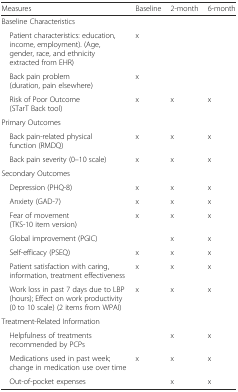
| Measures | Baseline | 2-month | 6-month |
 | --- | --- | --- | --- |
 | <COLSPAN=4> Baseline Characteristics |
 | Patient characteristics: education, income, employment). (Age, gender, race, and ethnicity extracted from EHR) | x |  |  |
 | Back pain problem (duration, pain elsewhere) | x |  |  |
 | Risk of Poor Outcome (STarT Back tool) | x | x | x |
 | <COLSPAN=4> Primary Outcomes |
 | Back pain-related physical function (RMDQ) | x | x | x |
 | Back pain severity (0–10 scale) | x | x | x |
 | <COLSPAN=4> Secondary Outcomes |
 | Depression (PHQ-8) | x | x | x |
 | Anxiety (GAD-7) | x | x | x |
 | Fear of movement (TKS-10 item version) | x | x | x |
 | Global improvement (PGIC) |  | x | x |
 | Self-efficacy (PSEQ) | x | x | x |
 | Patient satisfaction with caring, information, treatment effectiveness | x | x | x |
 | Work loss in past 7 days due to LBP (hours); Effect on work productivity (0 to 10 scale) (2 items from WPAI) | x | x | x |
 | <COLSPAN=4> Treatment-Related Information |
 | Helpfulness of treatments recommended by PCPs |  | x | x |
 | Medications used in past week; change in medication use over time | x | x | x |
 | Out-of-pocket expenses |  | x | x |